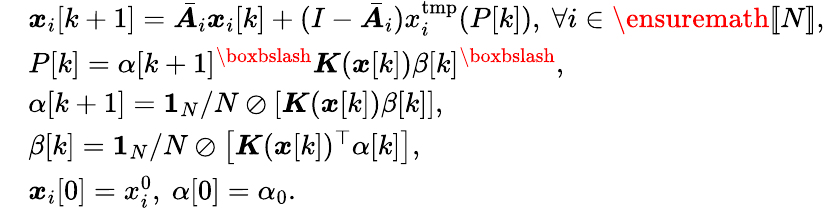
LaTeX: \begin{array}{rl}&{{\boldsymbol x}_{i}[k+1]=\bar{{\boldsymbol A}}_{i}{\boldsymbol x}_{i}[k]+(I-\bar{{\boldsymbol A}}_{i})x_{i}^{\mathrm{tmp}}(P[k]),\ \forall i\in\ensuremath{[\! [N]\! ]},}\\ &{P[k]=\alpha[k+1]^{\boxbslash}{\boldsymbol K}({\boldsymbol x}[k])\beta[k]^{\boxbslash},}\\ &{\alpha[k+1]={\mathbf 1}_{N}/N\oslash\left[{\boldsymbol K}({\boldsymbol x}[k])\beta[k]\right],}\\ &{\beta[k]={\mathbf 1}_{N}/N\oslash\left[{\boldsymbol K}({\boldsymbol x}[k])^{\top}\alpha[k]\right],}\\ &{{\boldsymbol x}_{i}[0]=x_{i}^{0},\ \alpha[0]=\alpha_{0}.}\end{array}